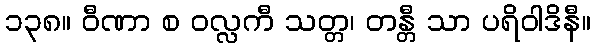
၁၃၈။ ဝီဏာ စ ဝလ္လကီ သတ္တ၊ တန္တီ သာ ပရိဝါဒိနီ။